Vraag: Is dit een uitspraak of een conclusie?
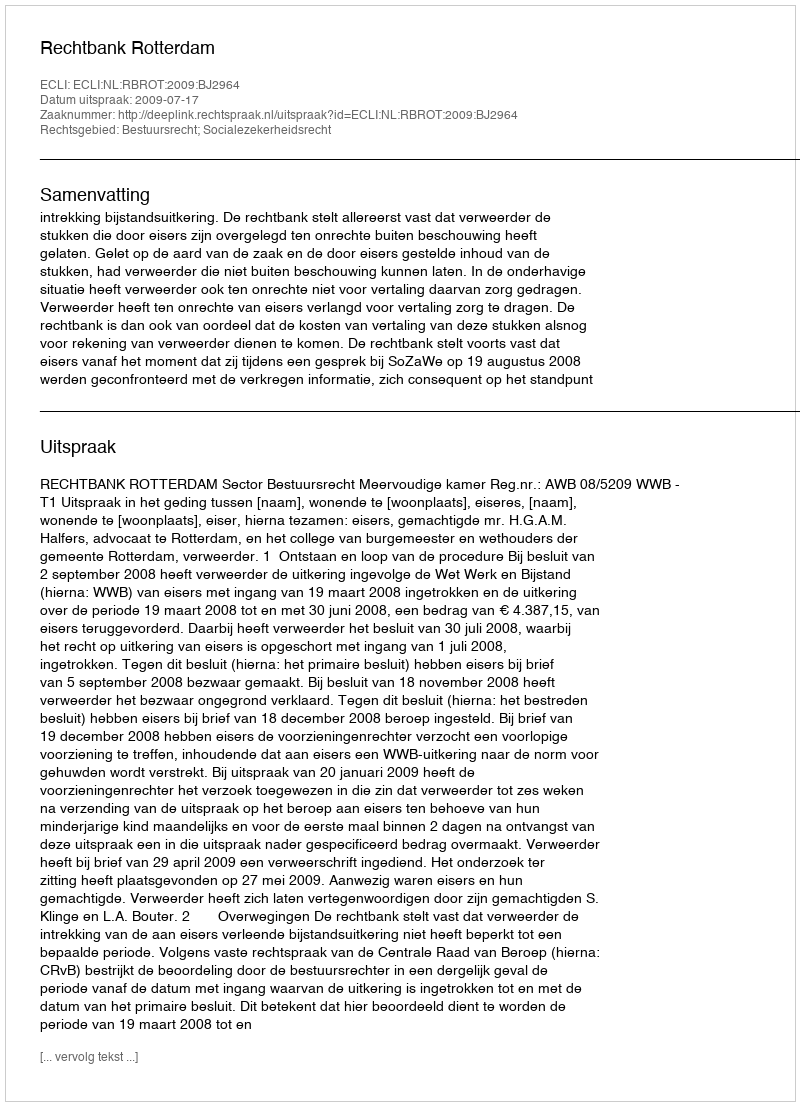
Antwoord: Uitspraak